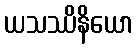
ယသဿိနိယော